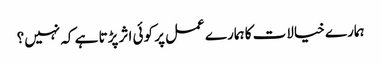
ہمارے خیالات کا ہمارے عمل پر کوئی اثر پڑتا ہے کہ نہیں؟